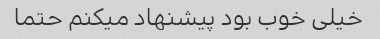
خیلی خوب بود پیشنهاد میکنم حتما